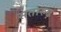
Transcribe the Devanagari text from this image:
सतारुढ़